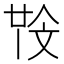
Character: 𣁒